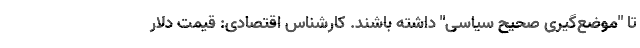
تا "موضع‌گیری صحیح سیاسی" داشته باشند. کارشناس اقتصادی: قیمت دلار